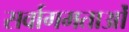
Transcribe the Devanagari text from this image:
सर्वागमताओं